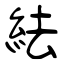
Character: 紶